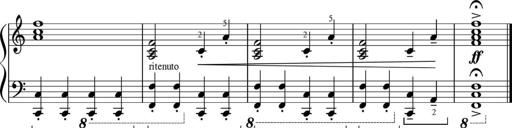
Title: Sonatinas
Composer: Andrew Violette